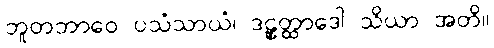
ဘူတဘာဝေ ပသံသာယံ၊ ဒဠှတ္ထာဒေါ သိယာ အတိ။